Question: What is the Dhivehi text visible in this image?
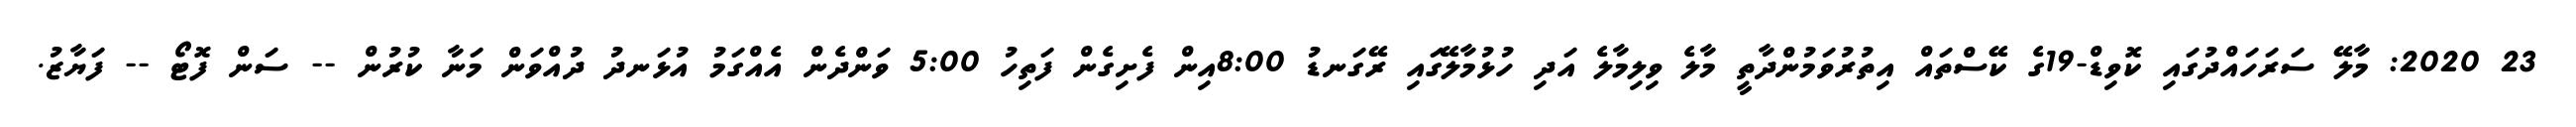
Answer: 23 2020: މާލޭ ސަރަހައްދުގައި ކޮވިޑް-19ގެ ކޭސްތައް އިތުރުވަމުންދާތީ މާލެ ވިލިމާލެ އަދި ހުޅުމާލޭގައި ރޭގަނޑު 8:00އިން ފެށިގެން ފަތިހު 5:00 ވަންދެން އެއްގަމު އުޅަނދު ދުއްވަން މަނާ ކުރުން -- ސަން ފޮޓޯ -- ފަޔާޒު.